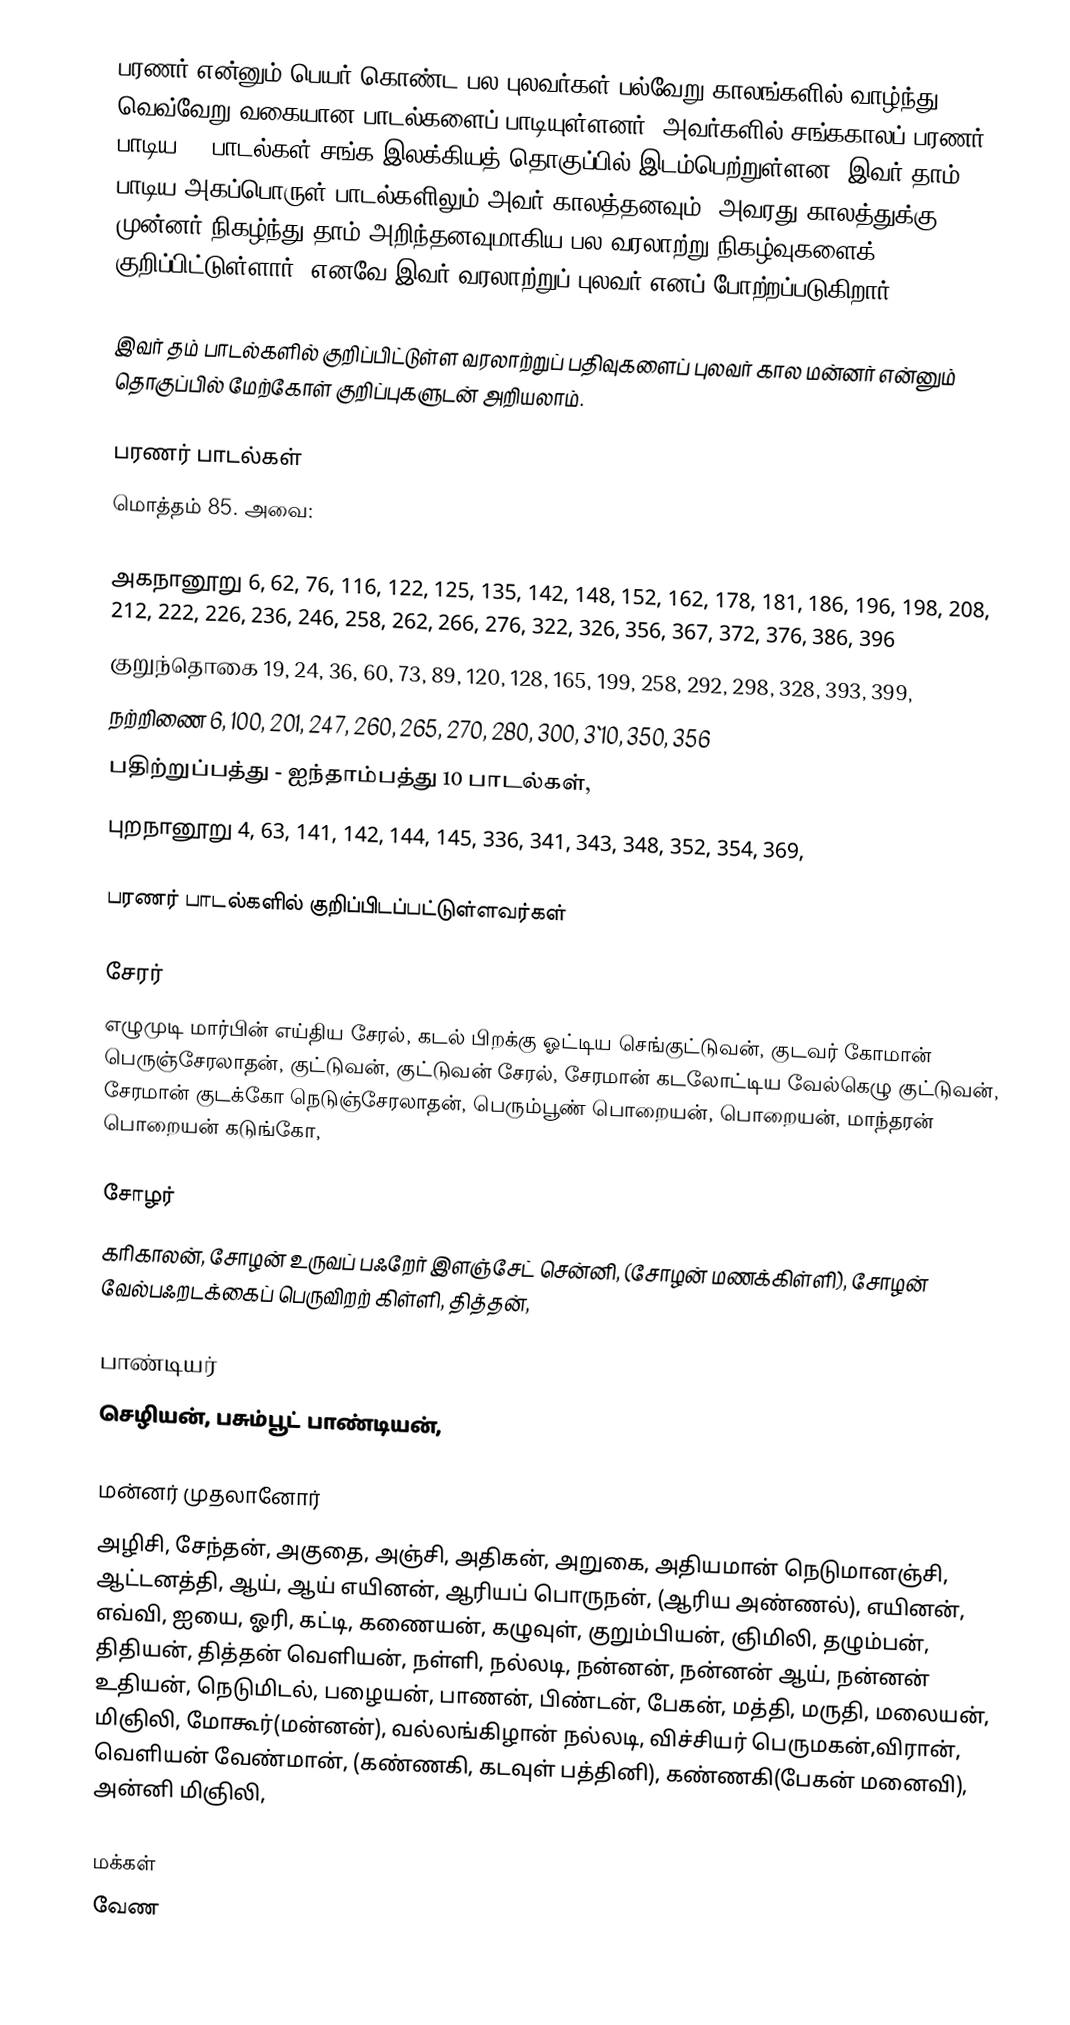
பரணர் என்னும் பெயர் கொண்ட பல புலவர்கள் பல்வேறு காலங்களில் வாழ்ந்து வெவ்வேறு வகையான பாடல்களைப் பாடியுள்ளனர். அவர்களில் சங்ககாலப் பரணர் பாடிய 85 பாடல்கள்  சங்க இலக்கியத் தொகுப்பில் இடம்பெற்றுள்ளன. இவர் தாம் பாடிய அகப்பொருள் பாடல்களிலும் அவர் காலத்தனவும், அவரது காலத்துக்கு முன்னர் நிகழ்ந்து தாம் அறிந்தனவுமாகிய பல வரலாற்று நிகழ்வுகளைக் குறிப்பிட்டுள்ளார். எனவே இவர் வரலாற்றுப் புலவர் எனப் போற்றப்படுகிறார்.

இவர் தம் பாடல்களில் குறிப்பிட்டுள்ள வரலாற்றுப் பதிவுகளைப் புலவர் கால மன்னர் என்னும் தொகுப்பில் மேற்கோள் குறிப்புகளுடன் அறியலாம்.

பரணர் பாடல்கள்
மொத்தம் 85. அவை:

அகநானூறு 6, 62, 76, 116, 122, 125, 135, 142, 148, 152, 162, 178, 181, 186, 196, 198, 208, 212, 222, 226, 236, 246, 258, 262, 266, 276, 322, 326, 356, 367, 372, 376, 386, 396
குறுந்தொகை 19, 24, 36, 60, 73, 89, 120, 128, 165, 199, 258, 292, 298, 328, 393, 399,
நற்றிணை 6, 100, 201, 247, 260, 265, 270, 280, 300, 3`10, 350, 356
பதிற்றுப்பத்து - ஐந்தாம்பத்து 10 பாடல்கள்,
புறநானூறு 4, 63, 141, 142, 144, 145, 336, 341, 343, 348, 352, 354, 369,

பரணர் பாடல்களில் குறிப்பிடப்பட்டுள்ளவர்கள்

சேரர்
எழுமுடி மார்பின் எய்திய சேரல், கடல் பிறக்கு ஓட்டிய செங்குட்டுவன், குடவர் கோமான் பெருஞ்சேரலாதன், குட்டுவன், குட்டுவன் சேரல், சேரமான் கடலோட்டிய வேல்கெழு குட்டுவன், சேரமான் குடக்கோ நெடுஞ்சேரலாதன், பெரும்பூண் பொறையன், பொறையன், மாந்தரன் பொறையன் கடுங்கோ,

சோழர்
கரிகாலன், சோழன் உருவப் பஃறேர் இளஞ்சேட் சென்னி, (சோழன் மணக்கிள்ளி), சோழன் வேல்பஃறடக்கைப் பெருவிறற் கிள்ளி, தித்தன்,

பாண்டியர்
செழியன், பசும்பூட் பாண்டியன்,

மன்னர் முதலானோர்
அழிசி, சேந்தன், அகுதை, அஞ்சி, அதிகன், அறுகை, அதியமான் நெடுமானஞ்சி, ஆட்டனத்தி, ஆய், ஆய் எயினன், ஆரியப் பொருநன், (ஆரிய அண்ணல்), எயினன், எவ்வி, ஐயை, ஓரி, கட்டி, கணையன், கழுவுள், குறும்பியன், ஞிமிலி, தழும்பன், திதியன், தித்தன் வெளியன், நள்ளி, நல்லடி, நன்னன், நன்னன் ஆய், நன்னன் உதியன், நெடுமிடல், பழையன், பாணன், பிண்டன், பேகன், மத்தி, மருதி, மலையன், மிஞிலி, மோகூர்(மன்னன்), வல்லங்கிழான் நல்லடி, விச்சியர் பெருமகன்,விரான், வெளியன் வேண்மான், (கண்ணகி, கடவுள் பத்தினி), கண்ணகி(பேகன் மனைவி), அன்னி மிஞிலி,

மக்கள்
வேண